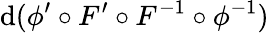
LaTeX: \mathrm{d}(\phi^{\prime}\circ F^{\prime}\circ F^{-1}\circ\phi^{-1})